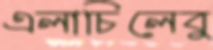
এলাচিলেবু